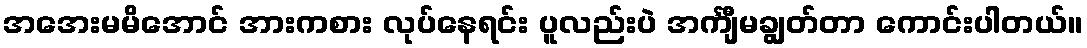
အအေးမမိအောင် အားကစား လုပ်နေရင်း ပူလည်းပဲ အင်္ကျီမချွတ်တာ ကောင်းပါတယ်။